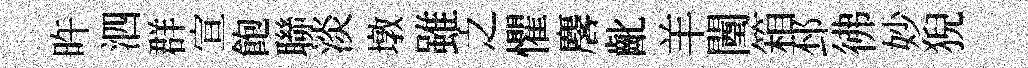
旿泗群宣飽聯淡墩雖之懼麐齔羊闉箱邳彿妙猊